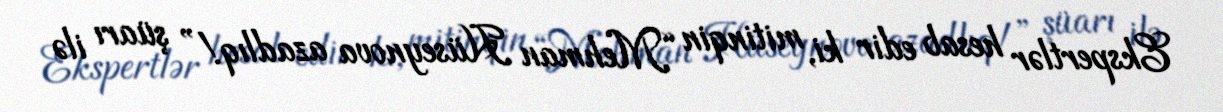
Ekspertlər hesab edir ki, mitinqin “Mehman Hüseynova azadlıq!” şüarı ilə